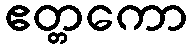
ဧတ္တကော